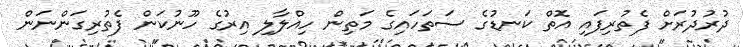
ދުރުދުރަށް ފެތުރިފައި އޮތް ކަނޑުގެ ސަތަހައިގެ މަތިން ހިއްލާލި އިރުގެ ހޫނުކަން ފެތުރިގަންނަން